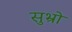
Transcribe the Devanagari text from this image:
सुभ्रो